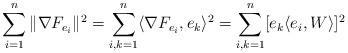
LaTeX: \begin{align*}\sum_{i=1}^{n}\| \nabla F_{e_{i}}\|^{2}=\sum_{i,k=1}^{n}\langle \nabla F_{e_{i}}, e_{k}\rangle^2=\sum_{i,k=1}^{n}[e_{k}\langle e_{i}, W\rangle]^{2}\end{align*}